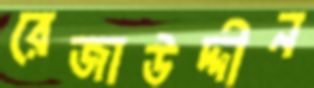
রেজাউদ্দীন